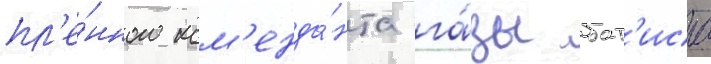
пл'е́нного ком'енда́нта га́зы бат'иса